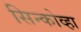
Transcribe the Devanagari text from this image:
सिन्कोव्हा